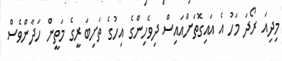
މިދިއަ ރޯދަ މަހު އެ އައިގޮތަށްއައިސް ދިވެހިންގެ އިހުގެ ތަށިބަރީގެ މަތީން ހަދާންވެސް